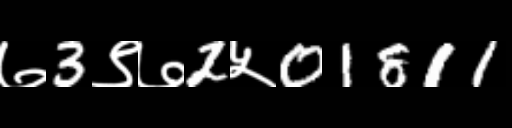
Text: ७3९७2५01811